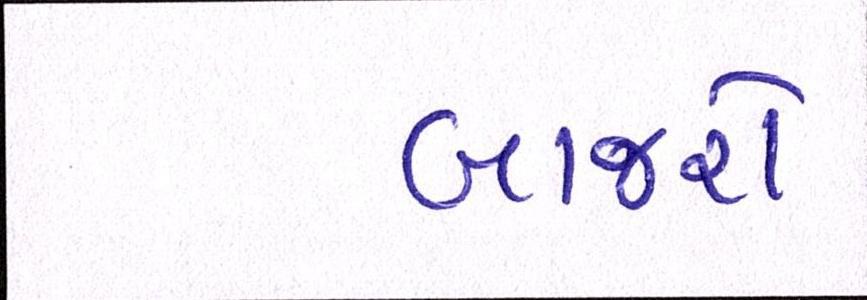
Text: બાજરો